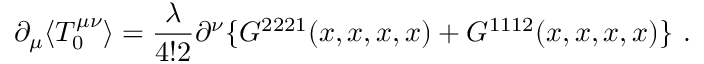
\partial _ { \mu } \langle T _ { 0 } ^ { \mu \nu } \rangle = \frac { \lambda } { 4 ! 2 } \partial ^ { \nu } \{ G ^ { 2 2 2 1 } ( x , x , x , x ) + G ^ { 1 1 1 2 } ( x , x , x , x ) \} \ .